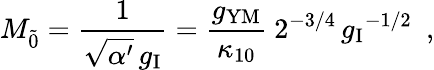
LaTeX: M_{\tilde{0}}=\frac{1}{\sqrt{\alpha^{\prime}}\, g_{\mathrm{I}}}=\frac{g_{\mathrm{YM}}}{\kappa_{10}}~{2^{-3/4}\, {g_{\mathrm{I}}}^{-1/2}}~~,